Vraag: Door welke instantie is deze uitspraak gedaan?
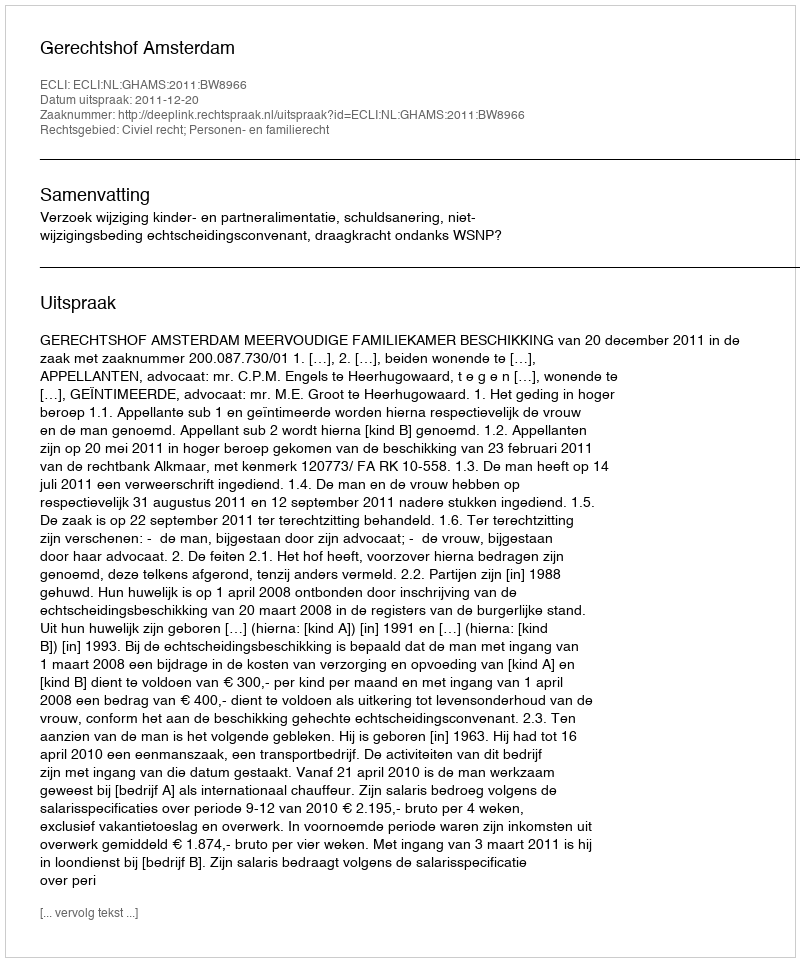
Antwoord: Gerechtshof Amsterdam